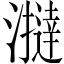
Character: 𤃧